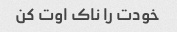
خودت را ناک اوت کن